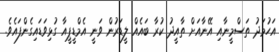
އަހުމަދު ތަސްމީނާއި އޭނާއަށް ތާއީދު ކުރާ ބައެއް ލީޑަރުން ވަނީ އެމްޑީޕީއާ ގުޅިވަޑައިގެންފައެވެ.